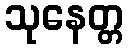
သုနေတ္တ